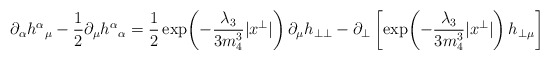
\begin{align*}\partial_\alpha h^\alpha{}_\mu-\frac{1}{2}\partial_\mu h^\alpha{}_\alpha=\frac{1}{2}\exp\!\left(-\frac{\lambda_3}{3m_4^3}|x^\perp|\right)\partial_\mu h_{\perp\perp}-\partial_\perp\left[\exp\!\left(-\frac{\lambda_3}{3m_4^3}|x^\perp|\right) h_{\perp\mu}\right]\end{align*}